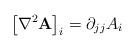
LaTeX: \begin{align*}\left[\nabla^{2}\mathbf{A}\right]_{i}=\partial_{jj}A_{i}\end{align*}